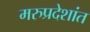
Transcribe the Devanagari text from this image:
मरुप्रदेशांत